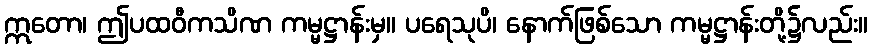
ဣတော၊ ဤပထဝီကသိဏ ကမ္မဋ္ဌာန်းမှ။ ပရေသုပိ၊ နောက်ဖြစ်သော ကမ္မဋ္ဌာန်းတို့၌လည်း။